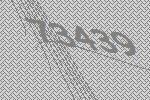
73439